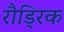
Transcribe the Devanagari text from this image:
रौड्रिक